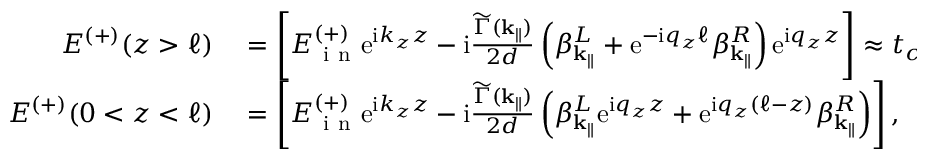
\begin{array} { r l } { E ^ { ( + ) } ( z > \ell ) } & { { } = \left[ E _ { \mathrm { ~ i ~ n ~ } } ^ { ( + ) } \mathrm { e } ^ { \mathrm { i } k _ { z } z } - \mathrm { i } \frac { \widetilde \Gamma ( \mathbf { k } _ { \parallel } ) } { 2 d } \left( \beta _ { \mathbf { k } _ { \parallel } } ^ { L } + \mathrm { e } ^ { - \mathrm { i } q _ { z } \ell } \beta _ { \mathbf { k } _ { \parallel } } ^ { R } \right) \mathrm { e } ^ { \mathrm { i } q _ { z } z } \right] \approx t _ { c } E _ { \mathrm { ~ i ~ n ~ } } ^ { ( + ) } \mathrm { e } ^ { \mathrm { i } k _ { z } z } , } \\ { E ^ { ( + ) } ( 0 < z < \ell ) } & { { } = \left[ E _ { \mathrm { ~ i ~ n ~ } } ^ { ( + ) } \mathrm { e } ^ { \mathrm { i } k _ { z } z } - \mathrm { i } \frac { \widetilde \Gamma ( { \mathbf { k } _ { \parallel } } ) } { 2 d } \left( \beta _ { \mathbf { k } _ { \parallel } } ^ { L } \mathrm { e } ^ { \mathrm { i } q _ { z } z } + \mathrm { e } ^ { \mathrm { i } q _ { z } ( \ell - z ) } \beta _ { \mathbf { k } _ { \parallel } } ^ { R } \right) \right] , } \end{array}